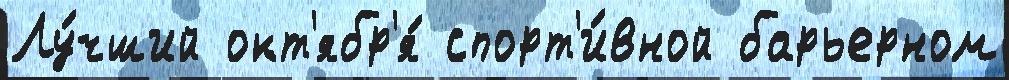
Лу́чший окт'ябр'я́ спорт'и́вной барьерном